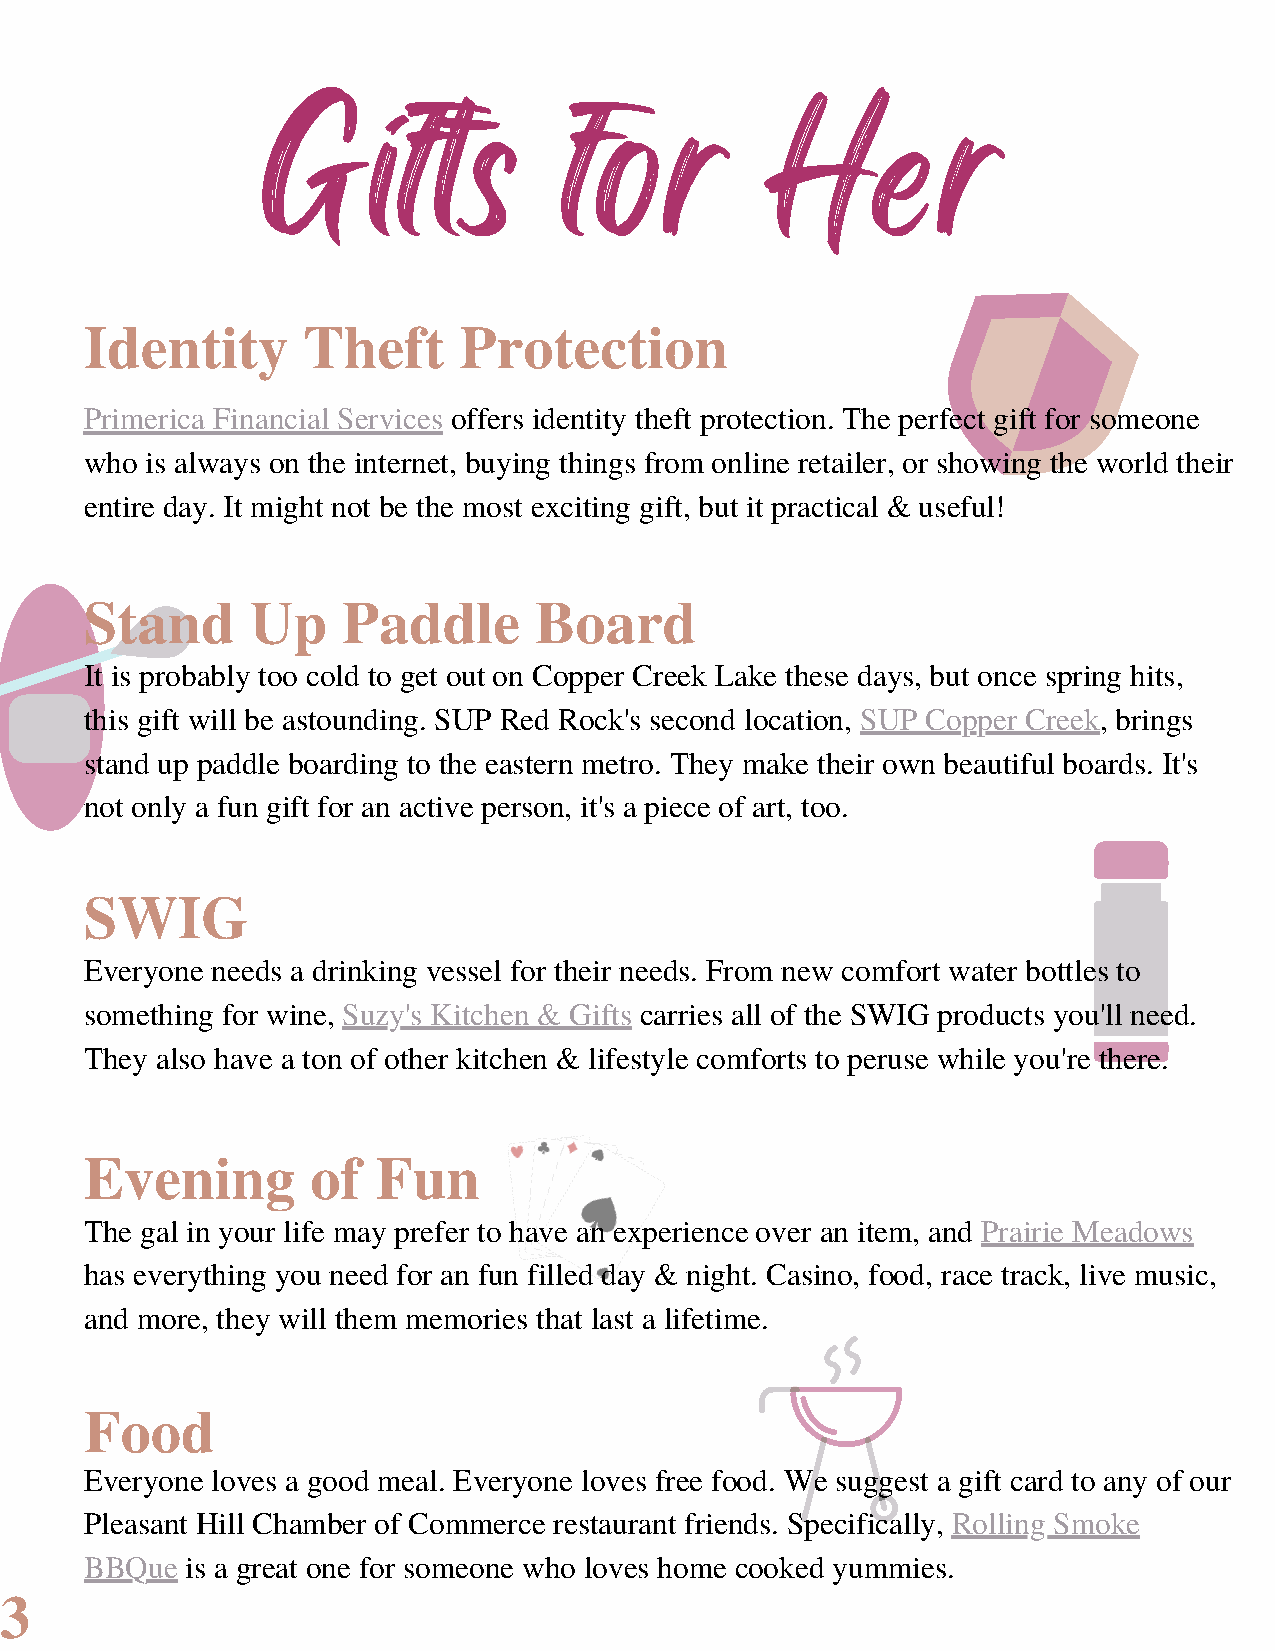
Gifts               for           Her
 Identity      Theft     Protection
 Primerica Financial Services offers identity theft protection. The perfect gift for someone
 who is always on the internet, buying things from online retailer, or showing the world their
 entire day. It might not be the most exciting gift, but it practical & useful!
 Stand      Up    Paddle      Board
 It is probably too cold to get out on Copper Creek Lake these days, but once spring hits,
 this gift will be astounding. SUP Red Rock's second location, SUP Copper Creek, brings
 stand up paddle boarding to the eastern metro. They make their own beautiful boards. It's
 not only a fun gift for an active person, it's a piece of art, too.
 SWIG
 Everyone needs a drinking vessel for their needs. From new comfort water bottles to
 something for wine, Suzy's Kitchen & Gifts carries all of the SWIG products you'll need.
 They also have a ton of other kitchen & lifestyle comforts to peruse while you're there.
 Evening        of  Fun
 The gal in your life may prefer to have an experience over an item, and Prairie Meadows
 has everything you need for an fun filled day & night. Casino, food, race track, live music,
 and more, they will them memories that last a lifetime.
 Food
 Everyone loves a good meal. Everyone loves free food. We suggest a gift card to any of our
 Pleasant Hill Chamber of Commerce restaurant friends. Specifically, Rolling Smoke
 BBQue is a great one for someone who loves home cooked yummies.
 3